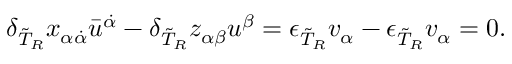
\delta _ { \tilde { T } _ { R } } x _ { \alpha \dot { \alpha } } \bar { u } ^ { \dot { \alpha } } - \delta _ { \tilde { T } _ { R } } z _ { \alpha \beta } u ^ { \beta } = \epsilon _ { \tilde { T } _ { R } } v _ { \alpha } - \epsilon _ { \tilde { T } _ { R } } v _ { \alpha } = 0 .